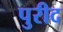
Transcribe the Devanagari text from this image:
पुरीद